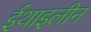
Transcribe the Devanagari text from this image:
ईथाइलीन